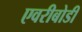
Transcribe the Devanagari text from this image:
एवरीबोडी